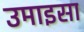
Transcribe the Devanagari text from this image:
उमाइसा